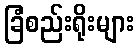
ခြံစည်းရိုးများ